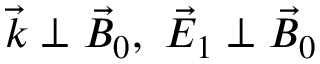
{ \vec { k } } \perp { \vec { B } } _ { 0 } , \ { \vec { E } } _ { 1 } \perp { \vec { B } } _ { 0 }